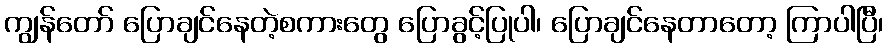
ကျွန်တော် ပြောချင်နေတဲ့စကားတွေ ပြောခွင့်ပြုပါ၊ ပြောချင်နေတာတော့ ကြာပါပြီ၊